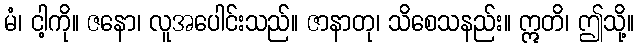
မံ၊ ငါ့ကို။ ဇနော၊ လူအပေါင်းသည်။ ဇာနာတု၊ သိစေသနည်း။ ဣတိ၊ ဤသို့။